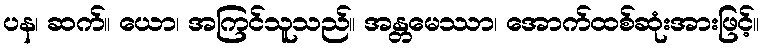
ပန၊ ဆက်။ ယော၊ အကြင်သူသည်။ အန္တမေဿာ၊ အောက်ထစ်ဆုံးအားဖြင့်။